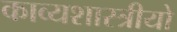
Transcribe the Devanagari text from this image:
काव्यशास्त्रीयो